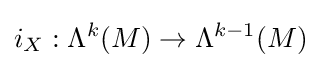
i_{X}:\Lambda ^{k}(M)\rightarrow \Lambda ^{k-1}(M)